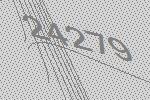
24279